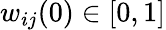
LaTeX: w_{ij}(0)\in[0,1]